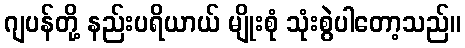
ဂျပန်တို့ နည်းပရိယာယ် မျိုးစုံ သုံးစွဲပါတော့သည်။